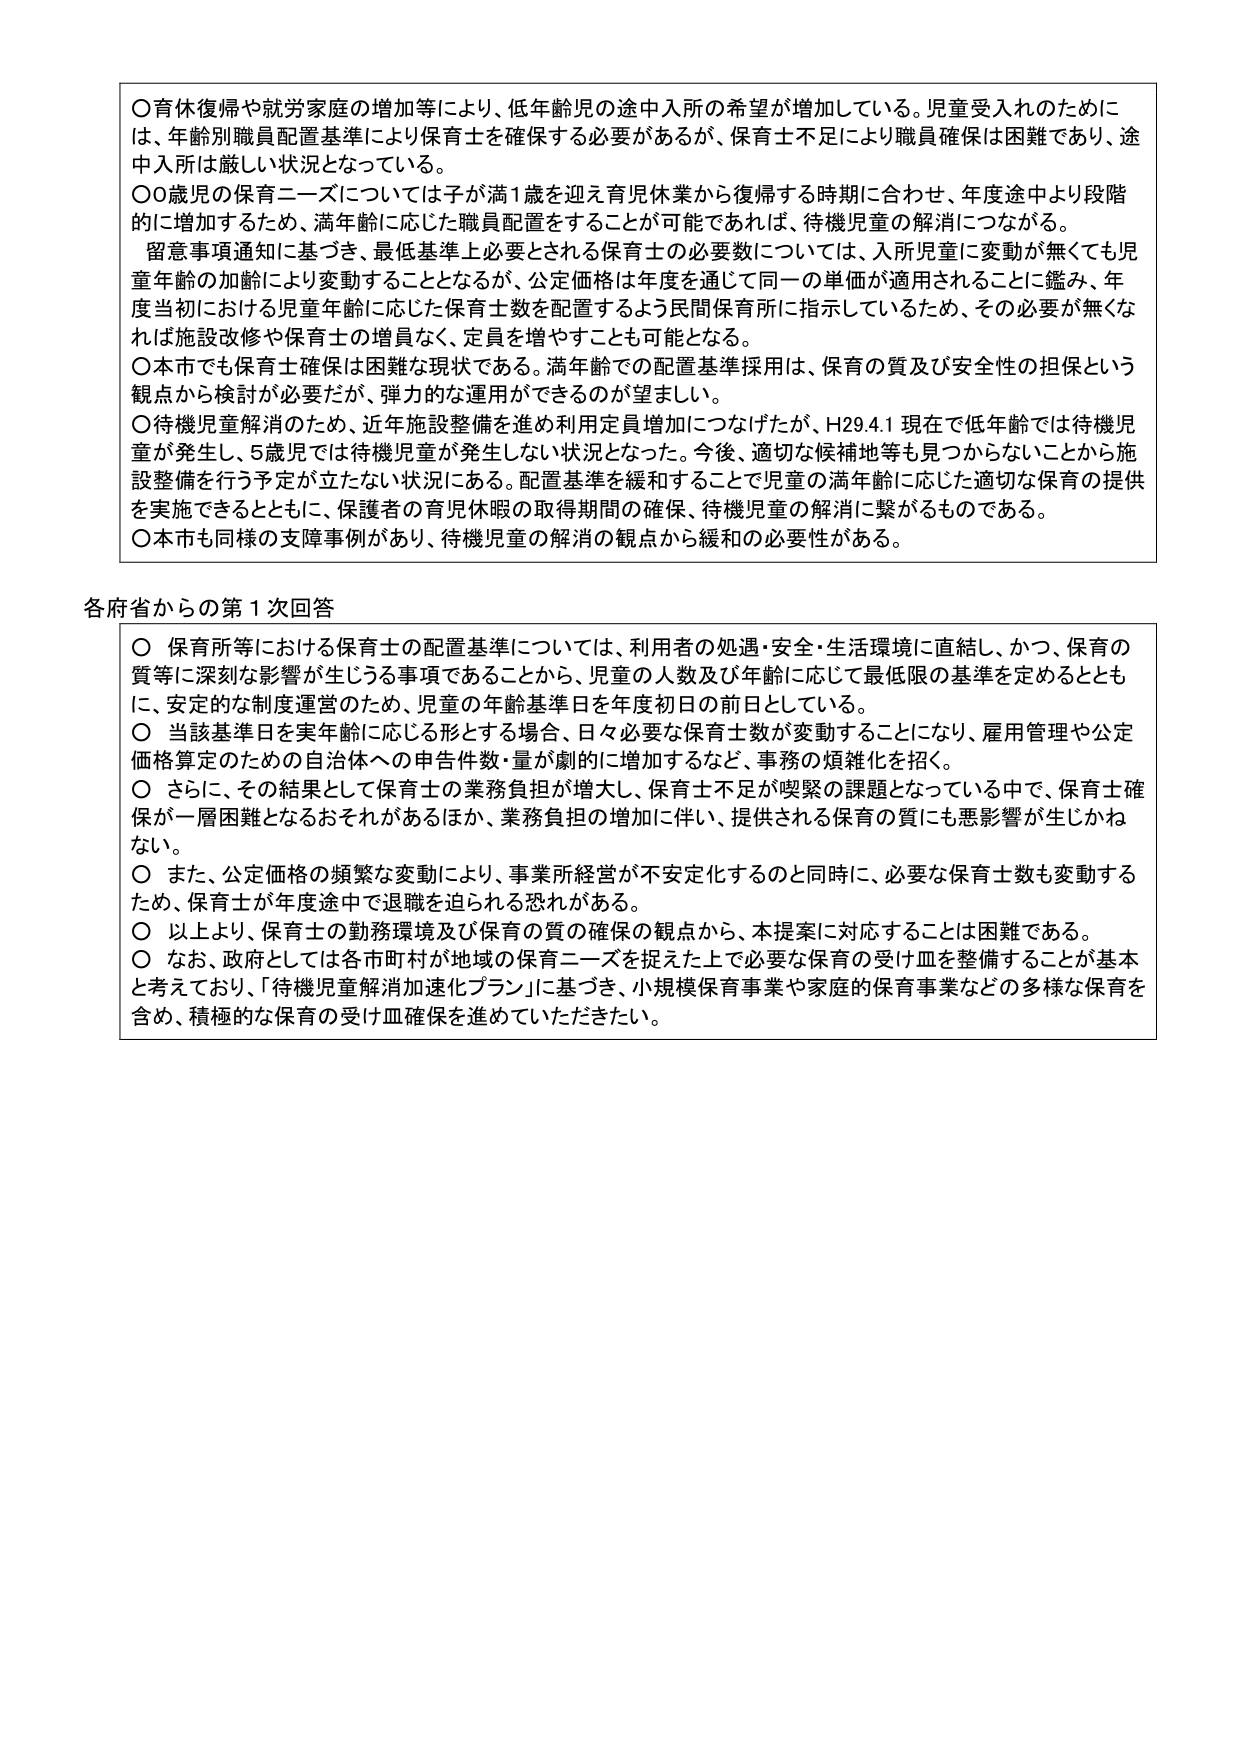
〇育休復帰や就労家庭の増加等により、低年齢児の途中入所の希望が増加している。児童受入れのためには、年齢別職員配置基準により保育士を確保する必要があるが、保育士不足により職員確保は困難であり、途中入所は厳しい状況となっている。

〇0歳児の保育ニーズについては子が満1歳を迎え育児休業から復帰する時期に合わせ、年度途中より段階的に増加するため、満年齢に応じた職員配置をすることが可能であれば、待機児童の解消につながる。

　留意事項通知に基づき、最低基準上必要とされる保育士の必要数については、入所児童に変動が無くても児童年齢の加齢により変動することとなるが、公定価格は年度を通じて同一の単価が適用されることに鑑み、年度当初における児童年齢に応じた保育士数を配置するよう民間保育所に指示しているため、その必要が無くなれば施設改修や保育士の増員なく、定員を増やすことも可能となる。

〇本市でも保育士確保は困難な現状である。満年齢での配置基準採用は、保育の質及び安全性の担保という観点から検討が必要だが、弾力的な運用ができるのが望ましい。

〇待機児童解消のため、近年施設整備を進め利用定員増加につなげたが、H29.4.1 現在で低年齢では待機児童が発生し、5歳児では待機児童が発生しない状況となった。今後、適切な候補地等も見つからないことから施設整備を行う予定が立たない状況にある。配置基準を緩和することで児童の満年齢に応じた適切な保育の提供を実施できるとともに、保護者の育児休暇の取得期間の確保、待機児童の解消に繋がるものである。

〇本市も同様の支障事例があり、待機児童の解消の観点から緩和の必要性がある。

各府省からの第1次回答

〇 保育所等における保育士の配置基準については、利用者の処遇・安全・生活環境に直結し、かつ、保育の質等に深刻な影響が生じうる事項であることから、児童の人数及び年齢に応じて最低限の基準を定めるとともに、安定的な制度運営のため、児童の年齢基準日を年度初日の前日としている。

〇 当該基準日を実年齢に応じる形とする場合、日々必要な保育士数が変動することになり、雇用管理や公定価格算定のための自治体への申告件数・量が劇的に増加するなど、事務の煩雑化を招く。

〇 さらに、その結果として保育士の業務負担が増大し、保育士不足が喫緊の課題となっている中で、保育士確保が一層困難となるおそれがあるほか、業務負担の増加に伴い、提供される保育の質にも悪影響が生じかねない。

〇 また、公定価格の頻繁な変動により、事業所経営が不安定化すると同時に、必要な保育士数も変動するため、保育士が年度途中で退職を迫られる恐れがある。

〇 以上より、保育士の勤務環境及び保育の質の確保の観点から、本提案に対応することは困難である。

〇 なお、政府としては各市町村が地域の保育ニーズを捉えた上で必要な保育の受け皿を整備することが基本と考えており、「待機児童解消加速化プラン」に基づき、小規模保育事業や家庭的保育事業などの多様な保育を含め、積極的な保育の受け皿確保を進めていただきたい。